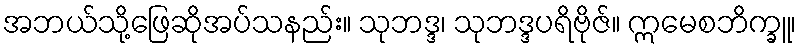
အဘယ်သို့ဖြေဆိုအပ်သနည်း။ သုဘဒ္ဒ၊ သုဘဒ္ဒပရိဗိုဇ်။ ဣမေစဘိက္ခူ၊